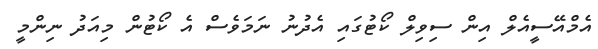
އެމްއޭސީއެލް އިން ސިވިލް ކޯޓުގައި އެދުނު ނަމަވެސް އެ ކޯޓުން މިއަދު ނިންމީ